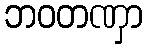
ဘဝတဏှာ